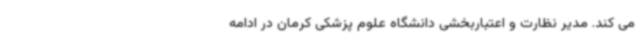
می کند. مدیر نظارت و اعتباربخشی دانشگاه علوم پزشکی کرمان در ادامه